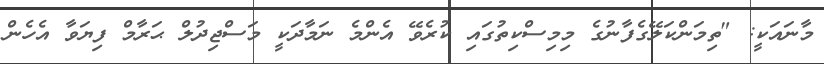
މާނައަކީ: "ތިމަންކަލޭގެފާނުގެ މިމިސްކިތުގައި ކުރެވޭ އެންމެ ނަމާދަކީ މަސްޖިދުލް ޙަރާމް ފިޔަވާ އެހެން